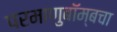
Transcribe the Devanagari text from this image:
परमाणुबॉम्बचा